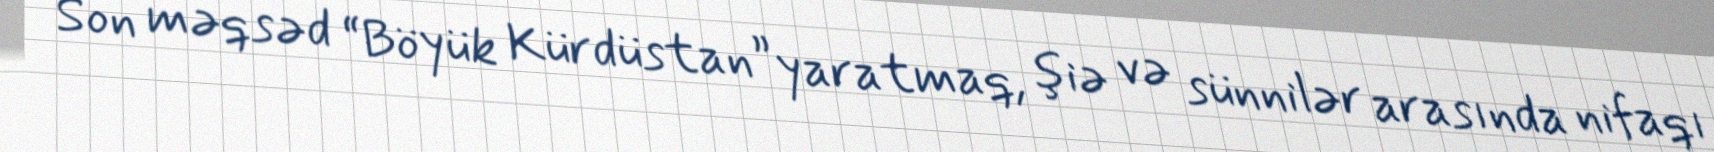
Son məqsəd “Böyük Kürdüstan” yaratmaq, şiə və sünnilər arasında nifaqı